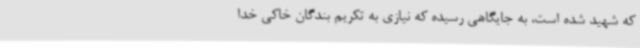
که شهید شده است، به جایگاهی رسیده که نیازی به تکریم بندگان خاکی خدا